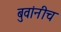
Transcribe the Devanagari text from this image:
बुवांनीच